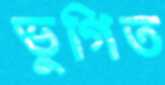
ভুগিত